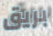
بريق